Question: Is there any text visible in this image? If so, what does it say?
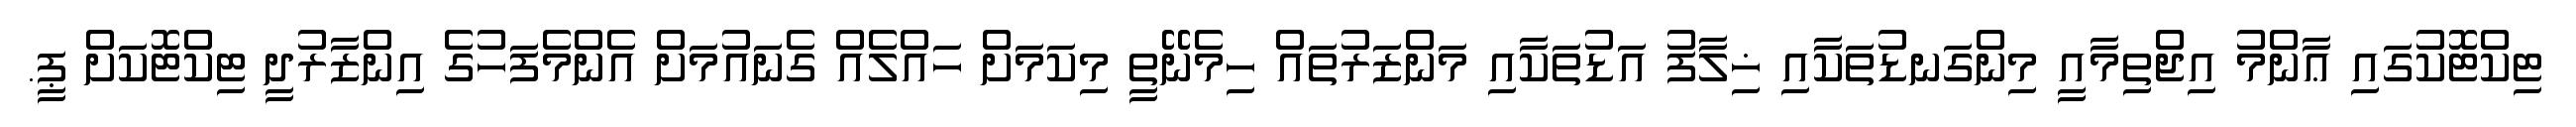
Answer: ޓިކްޓޮކުގައި ޢާންމު އިޖްތިމާއީ މިންގަނޑުތަކާއި ޚިލާފު އަޑުތަކާއި މަންޒަރުތައް ހިމެނޭތީ މިކަމަށް ހައްލެއް ގެނައުމަށް އެންމެފަހުގެ އިންޒާރުދީ ޓިކްޓޮކަށް ޕީ.